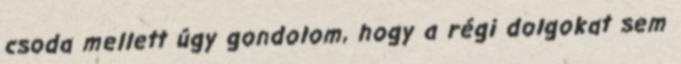
csoda mellett úgy gondolom, hogy a régi dolgokat sem